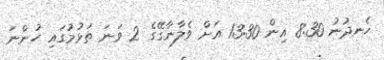
ހެނދުނު 8:30 އިން 13:30 އަށް ވެލާނާގޭގެ 2 ވަނަ ތަޅުމުގައި ހުންނަ